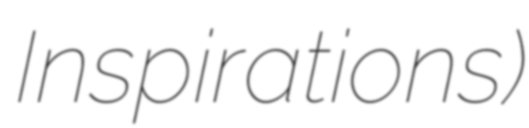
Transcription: Inspirations)